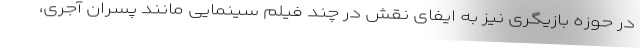
در حوزه بازیگری نیز به ایفای نقش در چند فیلم سینمایی مانند پسران آجری،